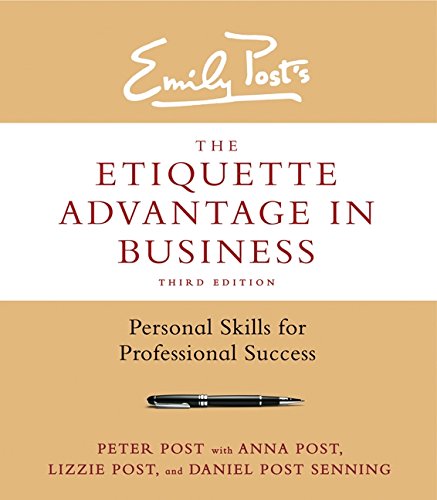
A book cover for The Etiquette Advantage in Business, Third Edition: Personal Skills for Professional Success; Peter Post; Business & Money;